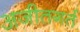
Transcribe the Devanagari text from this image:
अजीतगर्त